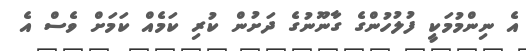
އެ ނިންމުމަކީ ފުލުހުންގެ ގާނޫނުގެ ދަށުން ކުރި ކަމެއް ކަމަށް ވެސް އެ